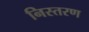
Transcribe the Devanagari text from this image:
निस्तरण